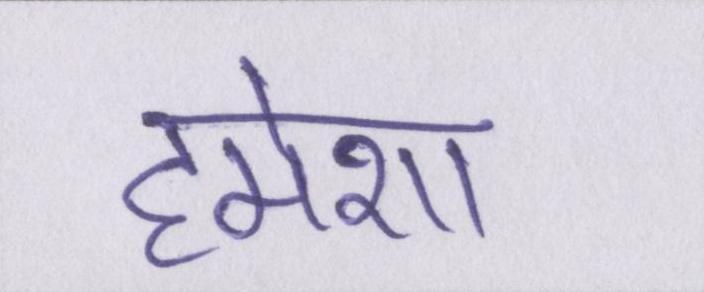
हमेशा